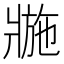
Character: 𤖌